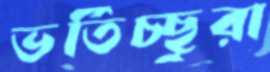
ভর্তিচ্ছুরা